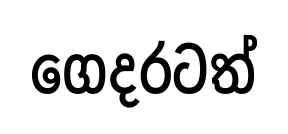
ගෙදරටත්